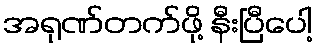
အရုဏ်တက်ဖို့ နီးပြီပေါ့